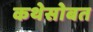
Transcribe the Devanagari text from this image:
कथेसोबत